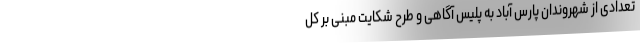
تعدادی از شهروندان پارس آباد به پلیس آگاهی و طرح شکایت مبنی بر کل